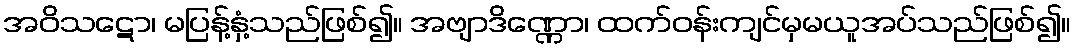
အဝိသဋော၊ မပြန့်နှံ့သည်ဖြစ်၍။ အဗျာဒိဏ္ဏော၊ ထက်ဝန်းကျင်မှမယူအပ်သည်ဖြစ်၍။